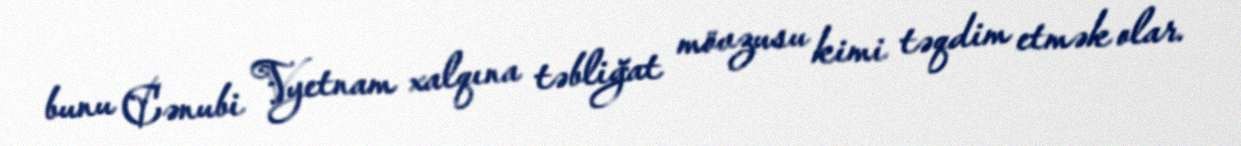
bunu Cənubi Vyetnam xalqına təbliğat mövzusu kimi təqdim etmək olar.